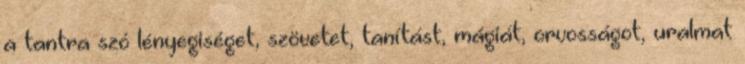
a tantra szó lényegiséget, szövetet, tanítást, mágiát, orvosságot, uralmat